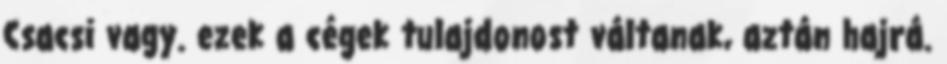
Csacsi vagy. ezek a cégek tulajdonost váltanak, aztán hajrá.